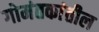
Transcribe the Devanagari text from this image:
गोमंतकांतील